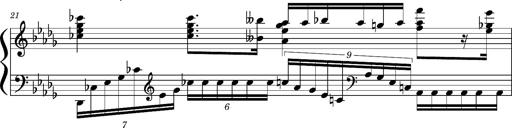
Title: Concerto sans orchestre, S.524a
Composer: Franz Liszt
Key: A major